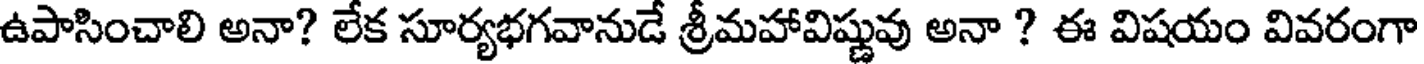
ఉపాసించాలి అనా? లేక సూర్యభగవానుడే శ్రీమహావిష్ణువు అనా ? ఈ విషయం వివరంగా